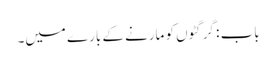
باب : گرگٹوں کو مارنے کے بارے میں۔